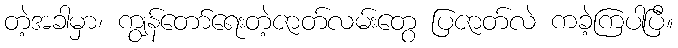
တဲ့အခါမှာ၊ ကျွန်တော်ရေးတဲ့ဇာတ်လမ်းတွေ ပြဇာတ်လဲ ကခဲ့ကြပါပြီ။